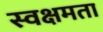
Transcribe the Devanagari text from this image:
स्वक्षमता